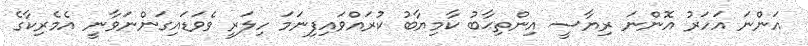
އަންނަ އަހަރު އޮންނަ ރިޔާސީ އިންތިޙާބު ކާމިޔާބު ކުރައްވައިފިނަމަ ހިލަރީ ވެވަޑައިގަންނަވާނީ އެމެރިކާގެ